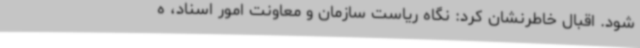
شود. اقبال خاطرنشان کرد: نگاه ریاست سازمان و معاونت امور اسناد، ه